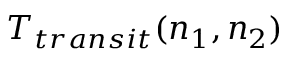
T _ { t r a n s i t } ( n _ { 1 } , n _ { 2 } )